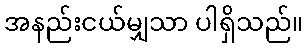
အနည်းငယ်မျှသာ ပါရှိသည်။